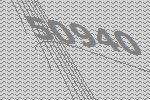
50940